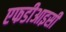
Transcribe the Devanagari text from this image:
एफडीआइसी